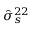
\hat { \sigma } _ { s } ^ { 2 2 }